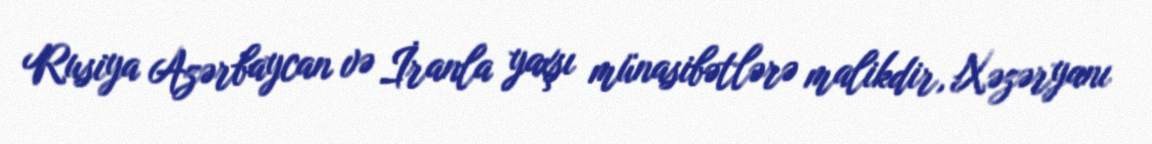
Rusiya Azərbaycan və İranla yaxşı münasibətlərə malikdir, Xəzəryanı